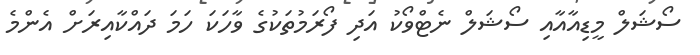
ސޯޝަލް މީޑިއާއާއި ސޯޝަލް ނެޓްވޯކު އަދި ފޯރަމުތަކުގެ ވާހަކަ ހަމަ ދައްކާއިރަށް އެންމެ